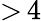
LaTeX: {>}\, 4